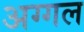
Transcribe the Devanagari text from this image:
अग्गल